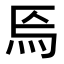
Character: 𤇟